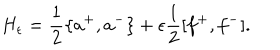
LaTeX: H _ { \epsilon } = \frac { 1 } { 2 } \{ a ^ { + } , a ^ { - } \} + \epsilon \frac { 1 } { 2 } [ f ^ { + } , f ^ { - } ] .